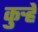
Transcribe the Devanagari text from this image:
कुऱ्हे